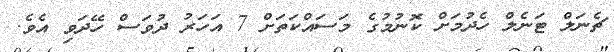
ޗެނަލް ޓަނެލް ހެދުމަށް ކޮނުމުގެ މަސައްކަތަށް 7 އަހަރު ދުވަސް ހޭދަވި އެވެ.